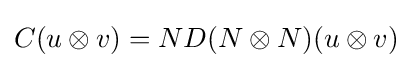
C(u\otimes v)=ND(N\otimes N)(u\otimes v)